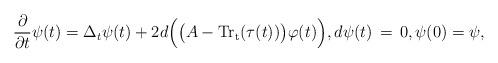
LaTeX: \begin{align*} \frac{\partial }{\partial t} \psi(t) = \Delta_{t} \psi(t) + 2d \Big(\big(A- {\rm{Tr}_t}(\tau(t))\big)\varphi(t)\Big), d\psi(t)\,=\,0, \psi(0) = \psi,\end{align*}